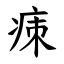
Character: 㾊